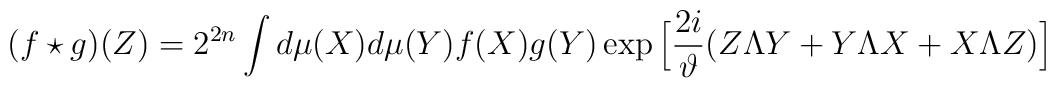
(f\star g)(Z)=2^{2n}\int d\mu(X) d\mu(Y) f(X)g(Y) \exp\Big[\frac{2i}{\vartheta}(Z\Lambda Y+Y\Lambda X+ X\Lambda Z)\Big]